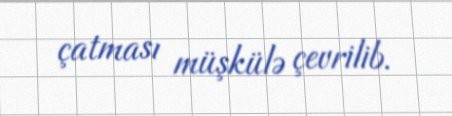
çatması müşkülə çevrilib.